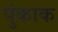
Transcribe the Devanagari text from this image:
पुंकाक